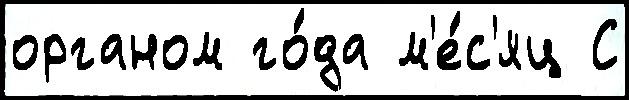
органом го́да м'е́с'яц С